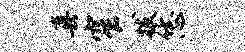
真窄拔恁